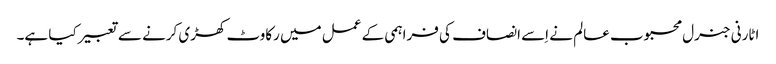
اٹارنی جنرل محبوب عالم نے اِسے انصاف کی فراہمی کے عمل میں رکاوٹ کھڑی کرنے سے تعبیر کیا ہے۔